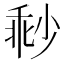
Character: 𡮓